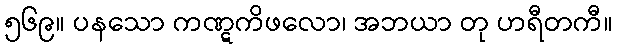
၅၆၉။ ပနသော ကဏ္ဋကိဖလော၊ အဘယာ တု ဟရီတကီ။